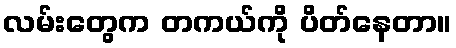
လမ်းတွေက တကယ်ကို ပိတ်နေတာ။